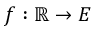
f : \mathbb { R } \to E